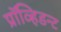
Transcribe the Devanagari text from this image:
प्रॉव्हिडन्ट